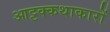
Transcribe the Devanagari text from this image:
आट्टक्कथाकारों